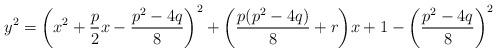
LaTeX: \begin{align*}y^2 =\bigg(x^2+\frac{p}{2}x-\frac{p^2-4q}{8}\bigg)^2 + \bigg(\frac{p(p^2-4q)}{8}+r\bigg)x+1-\bigg(\frac{p^2-4q}{8}\bigg)^2\\\end{align*}